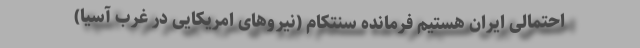
احتمالی ایران هستیم فرمانده سنتکام (نیروهای امریکایی در غرب آسیا)